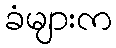
ခံများက